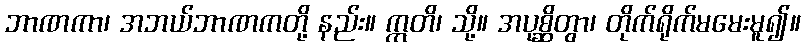
ဘာဏကာ၊ အဘယ်ဘာဏကတို့ နည်း။ ဣတိ၊ သို့။ အပုစ္ဆိတွာ၊ တိုက်ရိုက်မမေးမူ၍။